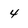
Character: 4